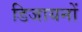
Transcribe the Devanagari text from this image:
डिजायनों